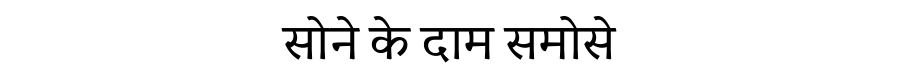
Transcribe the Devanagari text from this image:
सोने के दाम समोसे